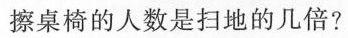
擦桌椅的人数是扫地的几倍?